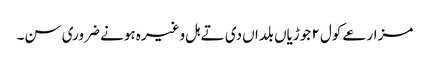
مزارعے کول ٢ جوڑیاں بلداں دی تے ہل وغیرہ ہونے ضروری سن۔